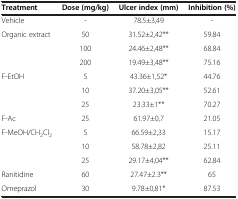
<table><thead><tr><td><b>Treatment</b></td><td><b>Dose (mg/kg)</b></td><td><b>Ulcer index (mm)</b></td><td><b>Inhibition (%)</b></td></tr></thead><tbody><tr><td>Vehicle</td><td>-</td><td>78.5±3,49</td><td>-</td></tr><tr><td>Organic extract</td><td>50</td><td>31.52±2,42**</td><td>59.84</td></tr><tr><td></td><td>100</td><td>24.46±2,48**</td><td>68.84</td></tr><tr><td></td><td>200</td><td>19.49±3,48**</td><td>75.16</td></tr><tr><td>F-EtOH</td><td>5</td><td>43.36±1,52*</td><td>44.76</td></tr><tr><td></td><td>10</td><td>37.20±3,05**</td><td>52.61</td></tr><tr><td></td><td>25</td><td>23.33±1**</td><td>70.27</td></tr><tr><td>F-Ac</td><td>25</td><td>61.97±0,7</td><td>21.05</td></tr><tr><td>F-MeOH/CH<sub>2</sub>Cl<sub>2</sub></td><td>5</td><td>66.59±2,33</td><td>15.17</td></tr><tr><td></td><td>10</td><td>58.78±2,82</td><td>25.11</td></tr><tr><td></td><td>25</td><td>29.17±4,04**</td><td>62.84</td></tr><tr><td>Ranitidine</td><td>60</td><td>27.47±2.3**</td><td>65</td></tr><tr><td>Omeprazol</td><td>30</td><td>9.78±0,81*</td><td>87.53</td></tr></tbody></table>